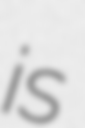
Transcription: is